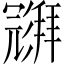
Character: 𱝧